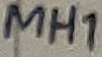
Text: MH1